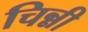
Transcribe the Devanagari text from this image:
चिन्नी